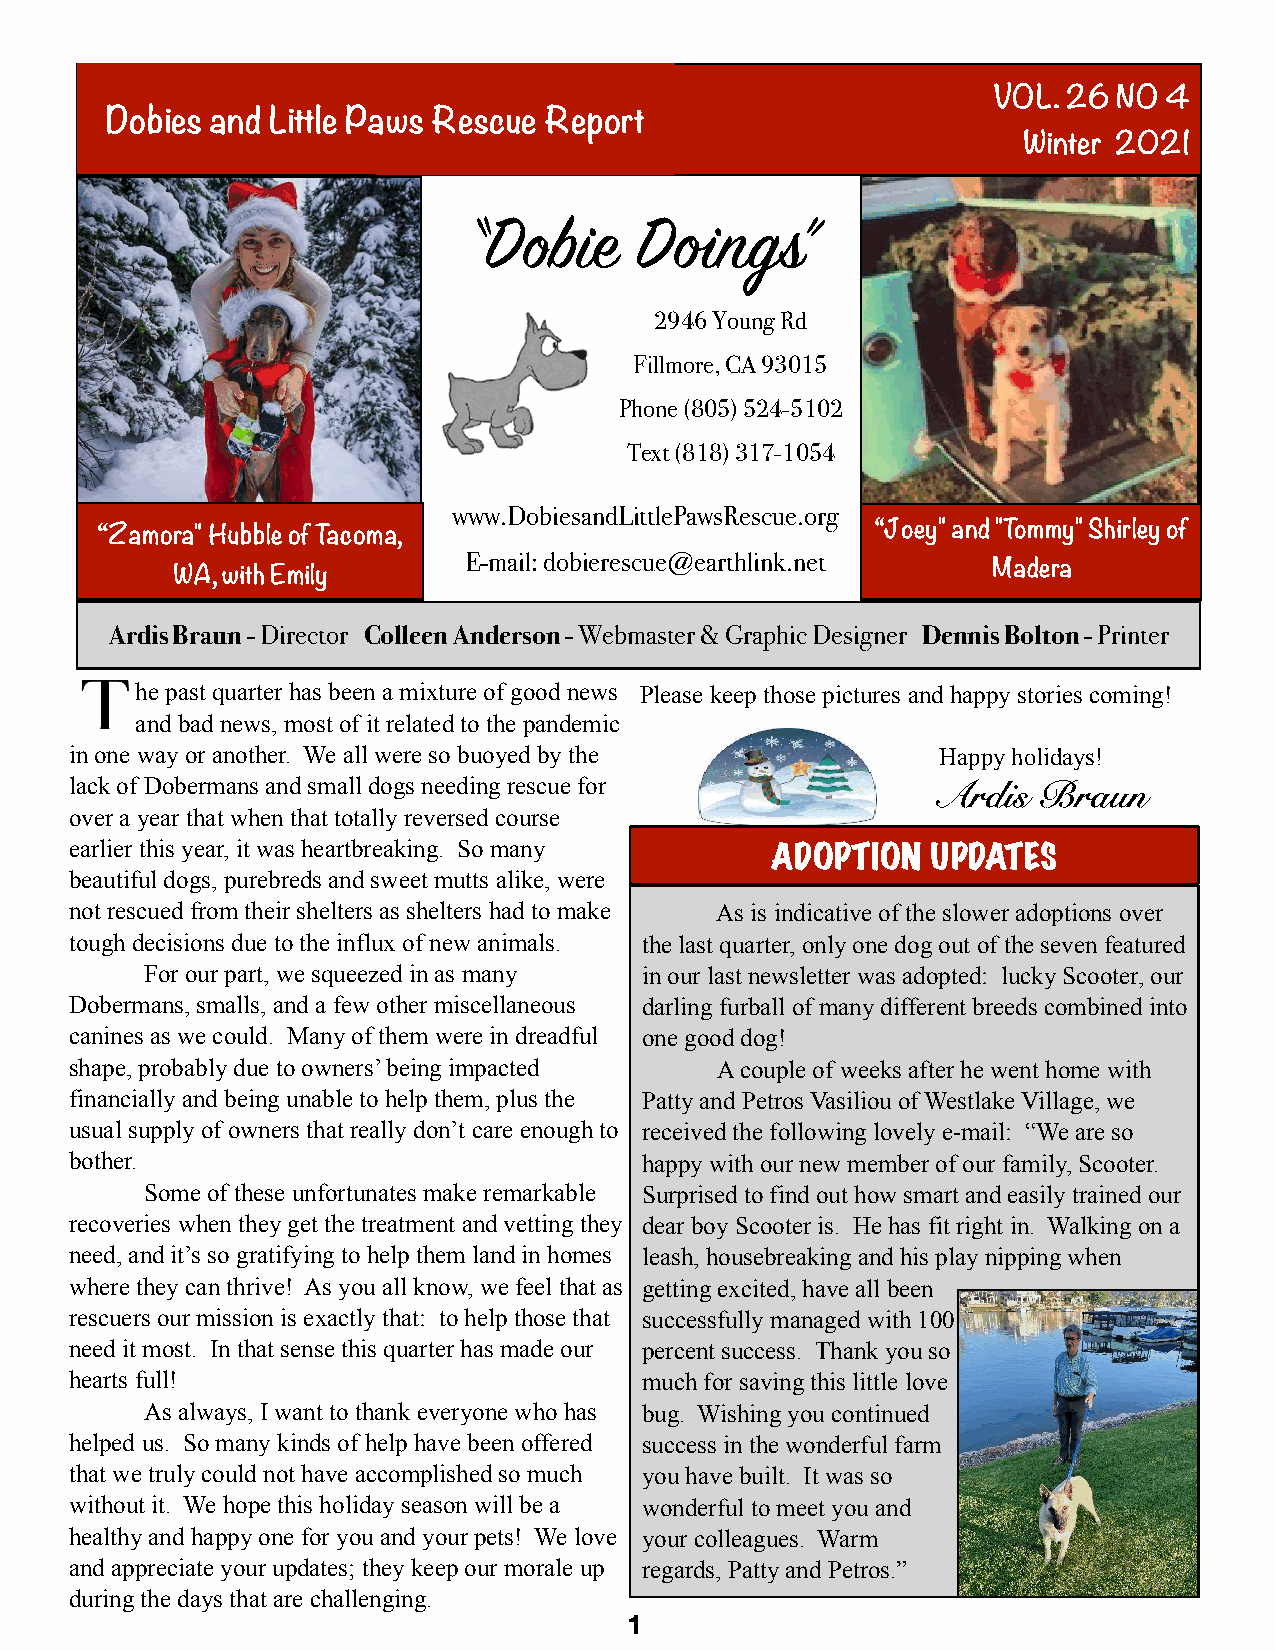
VOL. 26 NO 4
 Dobies and Little Paws Rescue Report
 Winter 2021
 “Dobie     Doings”
 2946 Young Rd
 Fillmore, CA 93015
 Phone (805) 524-5102
 Text (818) 317-1054
 www.DobiesandLittlePawsRescue.org
 “Zamora" Hubble of Tacoma,                          “Joey" and "Tommy" Shirley of
 E-mail: dobierescue@earthlink.net
 WA, with Emily                                         Madera
 Ardis Braun - Director Colleen Anderson - Webmaster & Graphic Designer Dennis Bolton - Printer
 he past quarter has been a mixture of good news Please keep those pictures and happy stories coming!
 and bad news, most of it related to the pandemic
 in one way or another. We all were so buoyed by the      Happy holidays!
 lack of Dobermans and small dogs needing rescue for
 Ardis  Braun
 over a year that when that totally reversed course
 earlier this year, it was heartbreaking. So many
 ADOPTION   UPDATES
 beautiful dogs, purebreds and sweet mutts alike, were
 not rescued from their shelters as shelters had to make As is indicative of the slower adoptions over
 tough decisions due to the influx of new animals. the last quarter, only one dog out of the seven featured
 For our part, we squeezed in as many in our last newsletter was adopted: lucky Scooter, our
 Dobermans, smalls, and a few other miscellaneous darling furball of many different breeds combined into
 canines as we could. Many of them were in dreadful one good dog!
 shape, probably due to owners’ being impacted A couple of weeks after he went home with
 financially and being unable to help them, plus the Patty and Petros Vasiliou of Westlake Village, we
 usual supply of owners that really don’t care enough to received the following lovely e-mail: “We are so
 bother.                              happy with our new member of our family, Scooter.
 Some of these unfortunates make remarkable Surprised to find out how smart and easily trained our
 recoveries when they get the treatment and vetting they dear boy Scooter is. He has fit right in. Walking on a
 need, and it’s so gratifying to help them land in homes leash, housebreaking and his play nipping when
 where they can thrive! As you all know, we feel that as getting excited, have all been
 rescuers our mission is exactly that: to help those that successfully managed with 100
 need it most. In that sense this quarter has made our percent success. Thank you so
 hearts full!                         much for saving this little love
 As always, I want to thank everyone who has bug. Wishing you continued
 helped us. So many kinds of help have been offered success in the wonderful farm
 that we truly could not have accomplished so much you have built. It was so
 without it. We hope this holiday season will be a wonderful to meet you and
 healthy and happy one for you and your pets! We love your colleagues. Warm
 and appreciate your updates; they keep our morale up regards, Patty and Petros.”
 during the days that are challenging.
 1